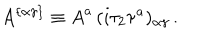
A ^ { \{ \alpha \gamma \} } \equiv { A } ^ { a } \, ( { i \tau _ { 2 } \tau ^ { a } } ) _ { \alpha \gamma } \, .